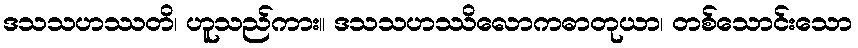
ဒသသဟဿတိ၊ ဟူသည်ကား။ ဒသသဟဿိလောကဓာတုယာ၊ တစ်သောင်းသော